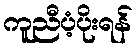
ကူညီပံ့ပိုးရန်